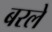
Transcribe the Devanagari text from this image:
बरले